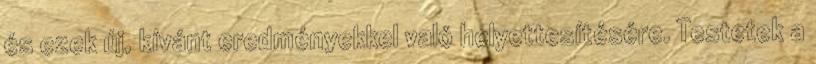
és ezek új, kívánt eredményekkel való helyettesítésére. Testetek a